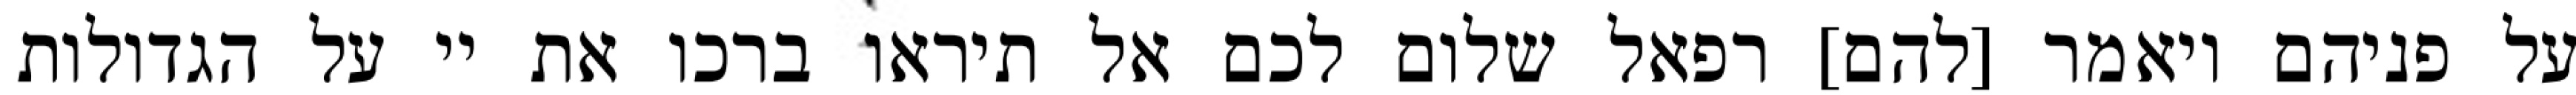
על פניהם ויאמר [להם] רפאל שלום לכם אל תיראו ברכו את יי על הגדולות